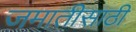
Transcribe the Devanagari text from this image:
जमातीसाठी